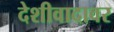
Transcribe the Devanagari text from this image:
देशीवादावर